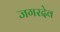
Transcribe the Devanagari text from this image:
जगरदेव